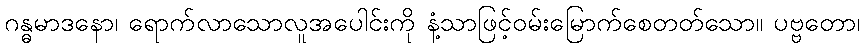
ဂန္ဓမာဒနော၊ ရောက်လာသောလူအပေါင်းကို နံ့သာဖြင့်ဝမ်းမြောက်စေတတ်သော။ ပဗ္ဗတော၊